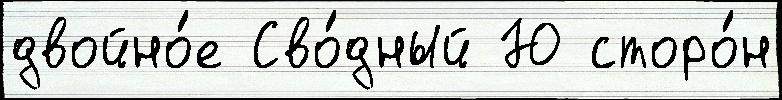
двойно́е Сво́дный Ю сторо́н